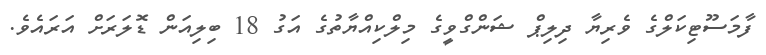
ފާމަސޫޓިކަލްގެ ވެރިޔާ ދިލިޕް ޝަންގްވީގެ މިލްކިއްޔާތުގެ އަގު 18 ބިލިއަން ޑޮލަރަށް އަރައެވެ.